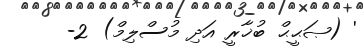
' (ޞަޙީޙް ބުޚާރީ އަދި މުސްލިމް) 2-